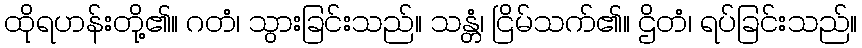
ထိုရဟန်းတို့၏။ ဂတံ၊ သွားခြင်းသည်။ သန္တံ၊ ငြိမ်သက်၏။ ဌိတံ၊ ရပ်ခြင်းသည်။